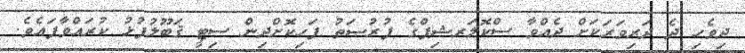
ދިވެހި ދެ ދަރިވަރަކަށް ދެއްވާ ސްކޮލަރޝިޕްގެ ފުރުޞަތު ފަހިކޮށްދިން ސިޓީ ޤަބޫލުފުޅު ކުރައްވާފައެވެ.